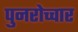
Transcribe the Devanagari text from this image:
पुनरोच्चार